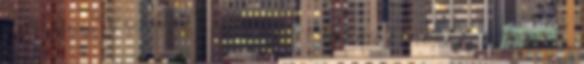
A jogügylet előtt be kell szerezni az Elnökségi Tanács